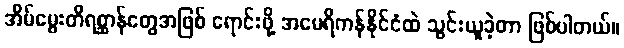
အိမ်မွေးတိရစ္ဆာန်တွေအဖြစ် ရောင်းဖို့ အမေရိကန်နိုင်ငံထဲ သွင်းယူခဲ့တာ ဖြစ်ပါတယ်။